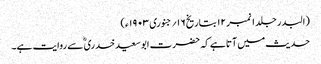
(البدر جلد ۱ نمبر ۱۲ بتاریخ ۱۶؍ جنوری ۱۹۰۳ ء)
حدیث میں آتا ہے کہ حضرت ابوسعیدخدری ؓ سے روایت ہے۔